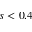
s < 0 . 4